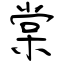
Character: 棠